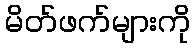
မိတ်ဖက်များကို